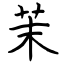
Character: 茉